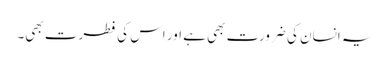
یہ انسان کی ضرورت بھی ہے اور اس کی فطرت بھی۔